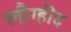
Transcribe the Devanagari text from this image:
लौग्हीद